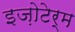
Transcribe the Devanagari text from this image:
इज़ोटेर्म